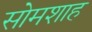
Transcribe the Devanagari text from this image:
सोमशाह